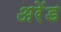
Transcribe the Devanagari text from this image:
अरेंड